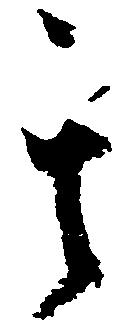
其